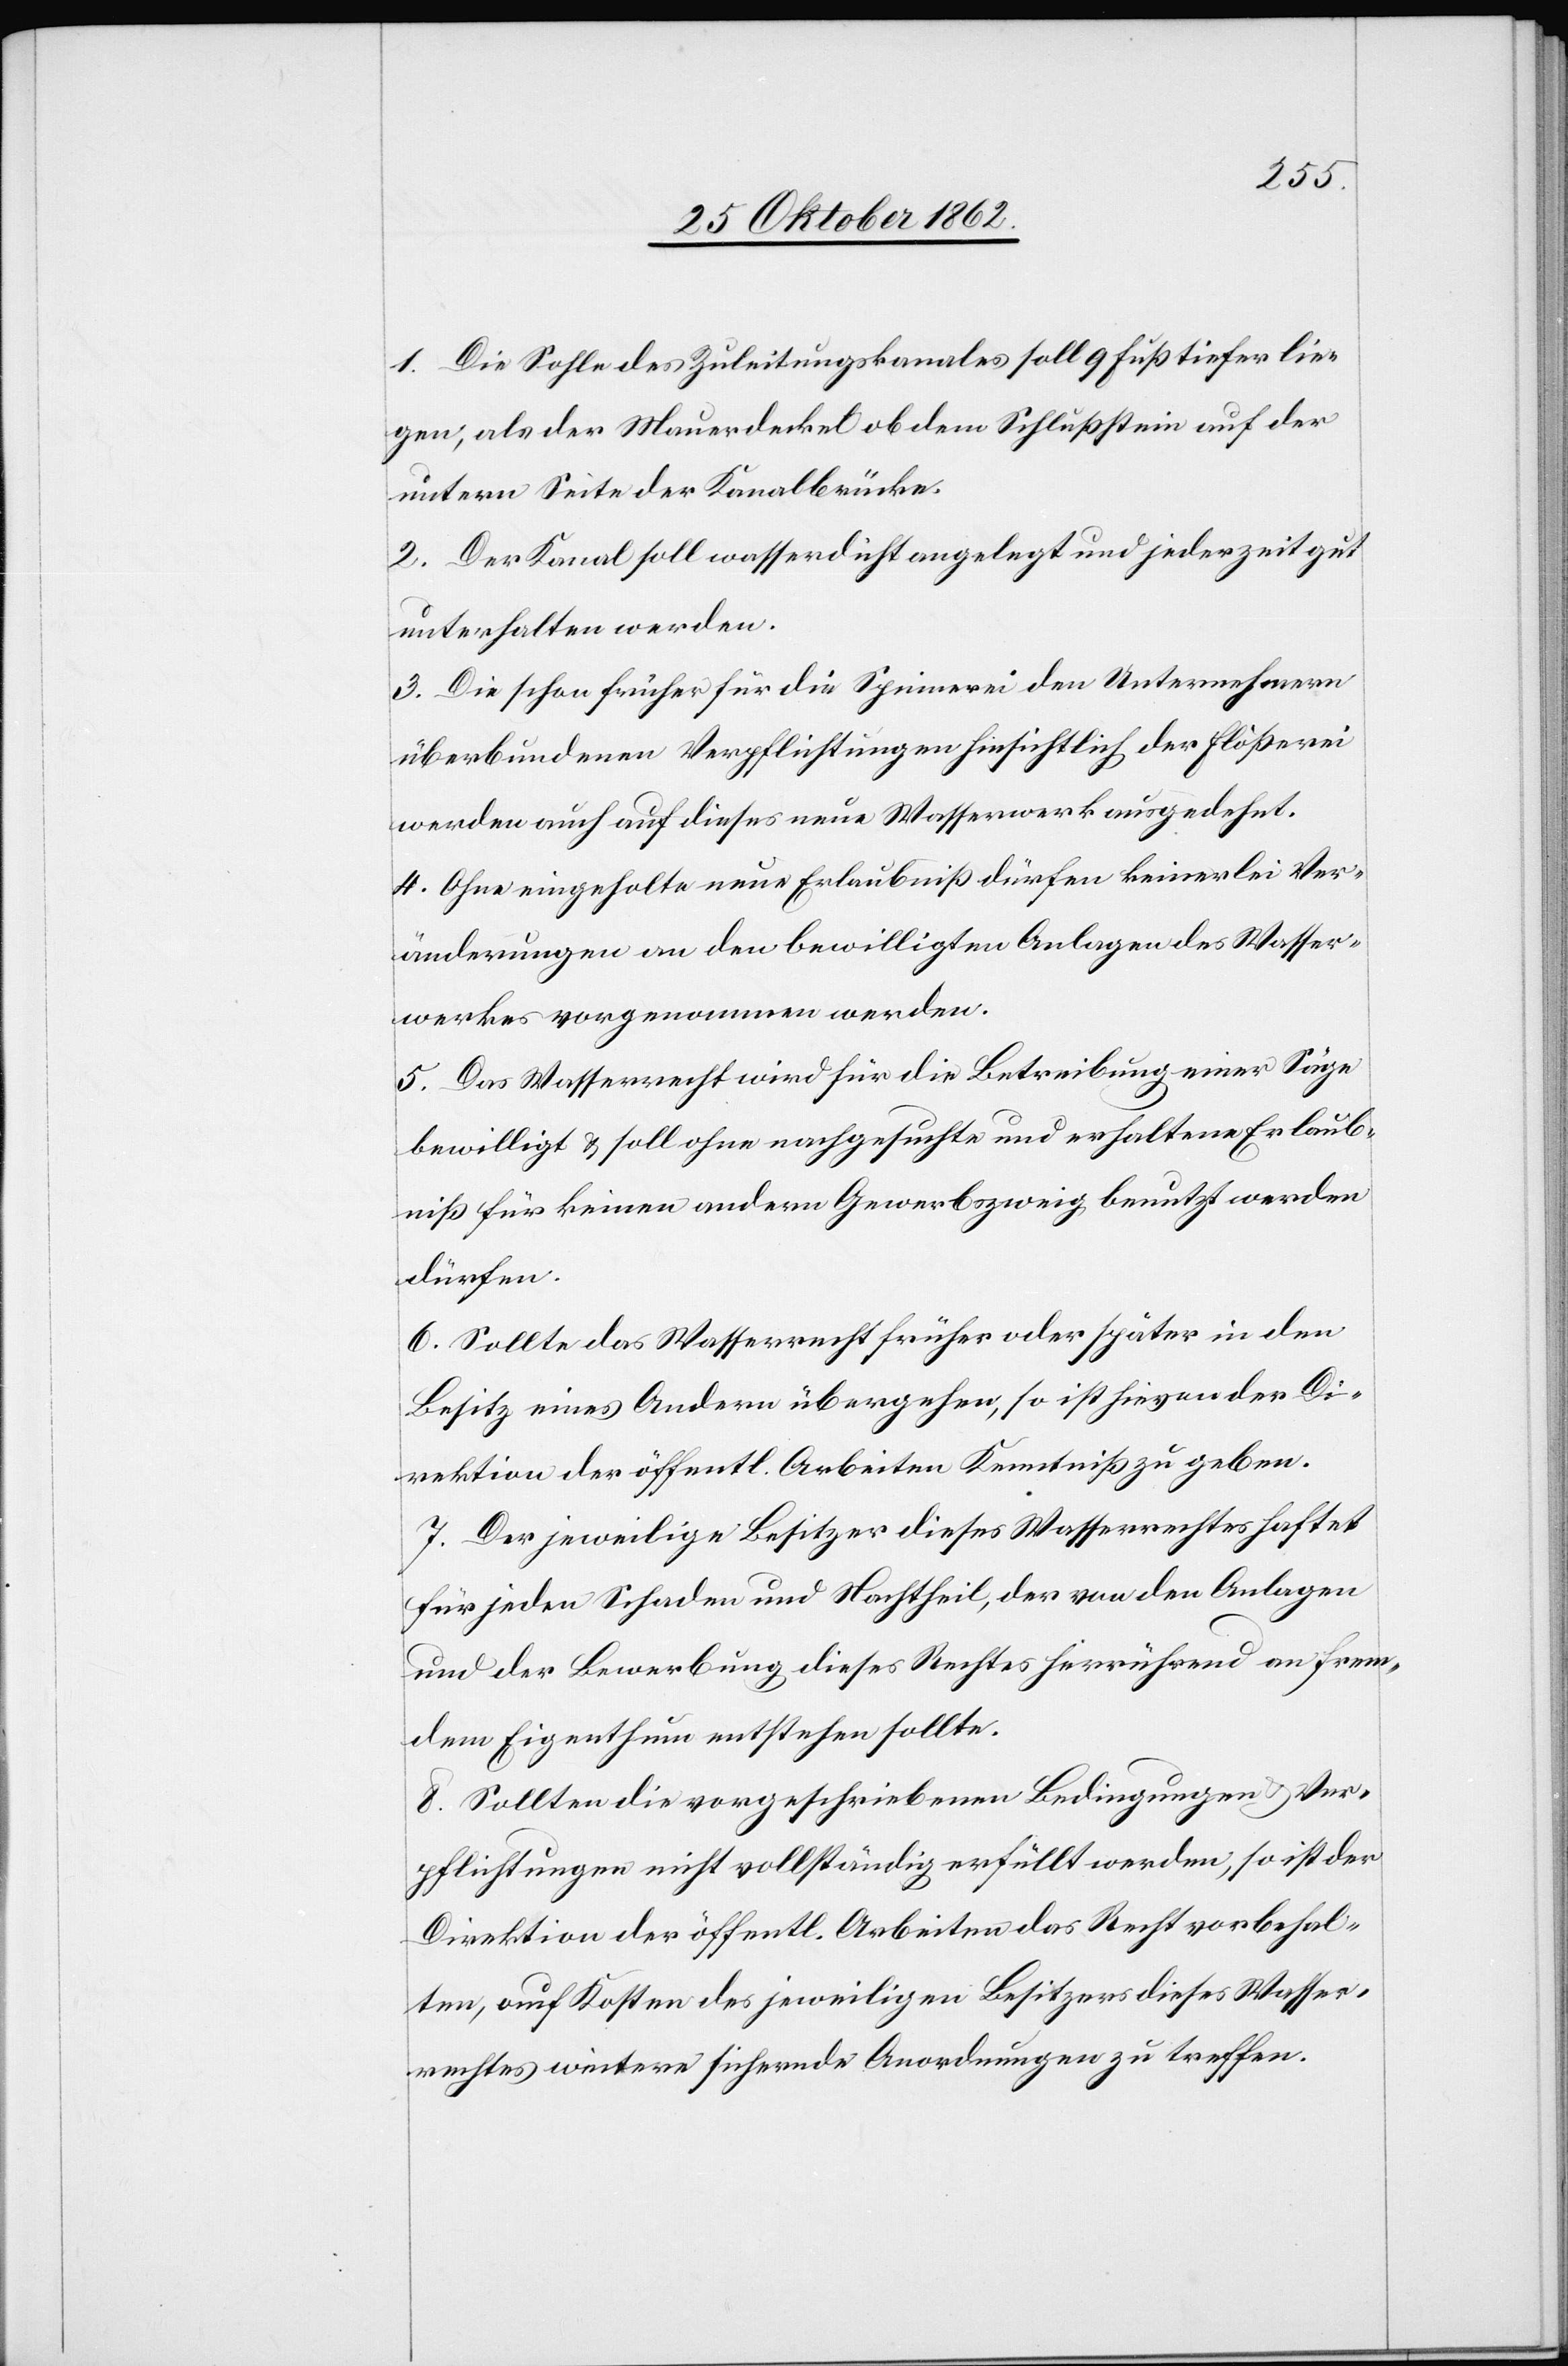
1. Die Sohle des Zuleitungskanales soll 9 Fuß tiefer lie¬
gen, als der Mauerdeckel ob dem Schlußstein auf der
untern Seite der Kanalbrücke.
2. Der Kanal soll wasserdicht angelegt und jederzeit gut
unterhalten werden.
3. Die schon früher für die Spinnerei den Unternehmern
überbundenen Verpflichtungen hinsichtlich der Flößerei
werden auch auf dieses neue Wasserrecht ausgedehnt.
4. Ohne eingeholte neue Erlaubniß dürfen keinerlei Ver¬
änderungen an den bewilligten Anlagen des Wasser¬
werkes vorgenommen werden.
5. Das Wasserrecht wird für die Betreibung einer Säge
bewilligt u. soll ohne nachgesuchte und erhaltene Erlaub¬
niß für keinen andern Gewerbszweig benutzt werden
dürfen.
6. Sollte das Wasserrecht früher oder später in den
Besitz eines Andern übergehen, so ist hievon der Di¬
rektion der öffentl. Arbeiten Kenntniß zu geben.
7. Der jeweilige Besitzer dieses Wasserrechtes haftet
für jeden Schaden und Nachtheil, der von den Anlagen
und der Bewerbung dieses Rechts herrührend an frem¬
dem Eigenthum entstehen sollte.
8. Sollten die vorgeschriebenen Bedingungen u. Ver¬
pflichtungen nicht vollständig erfüllt werden, so ist der
Direktion der öffentl. Arbeiten das Recht vorbehal¬
ten, auf Kosten des jeweiligen Besitzers dieses Wasser¬
rechtes weitere sichernde Anordnungen zu treffen.